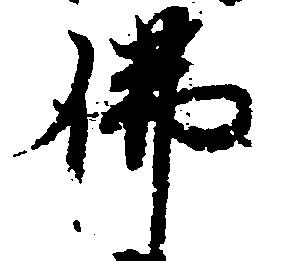
仏